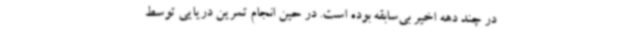
در چند دهه اخیر بی‌سابقه بوده است. در حین انجام تمرین دریایی توسط